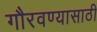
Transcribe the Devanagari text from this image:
गौरवण्यासाठी